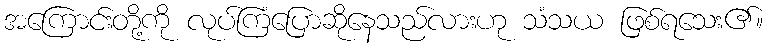
အကြောင်းတို့ကို လုပ်ကြံပြောဆိုနေသည်လားဟု သံသယ ဖြစ်ရသေး၏။